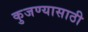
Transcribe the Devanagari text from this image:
कुजण्यासाठी